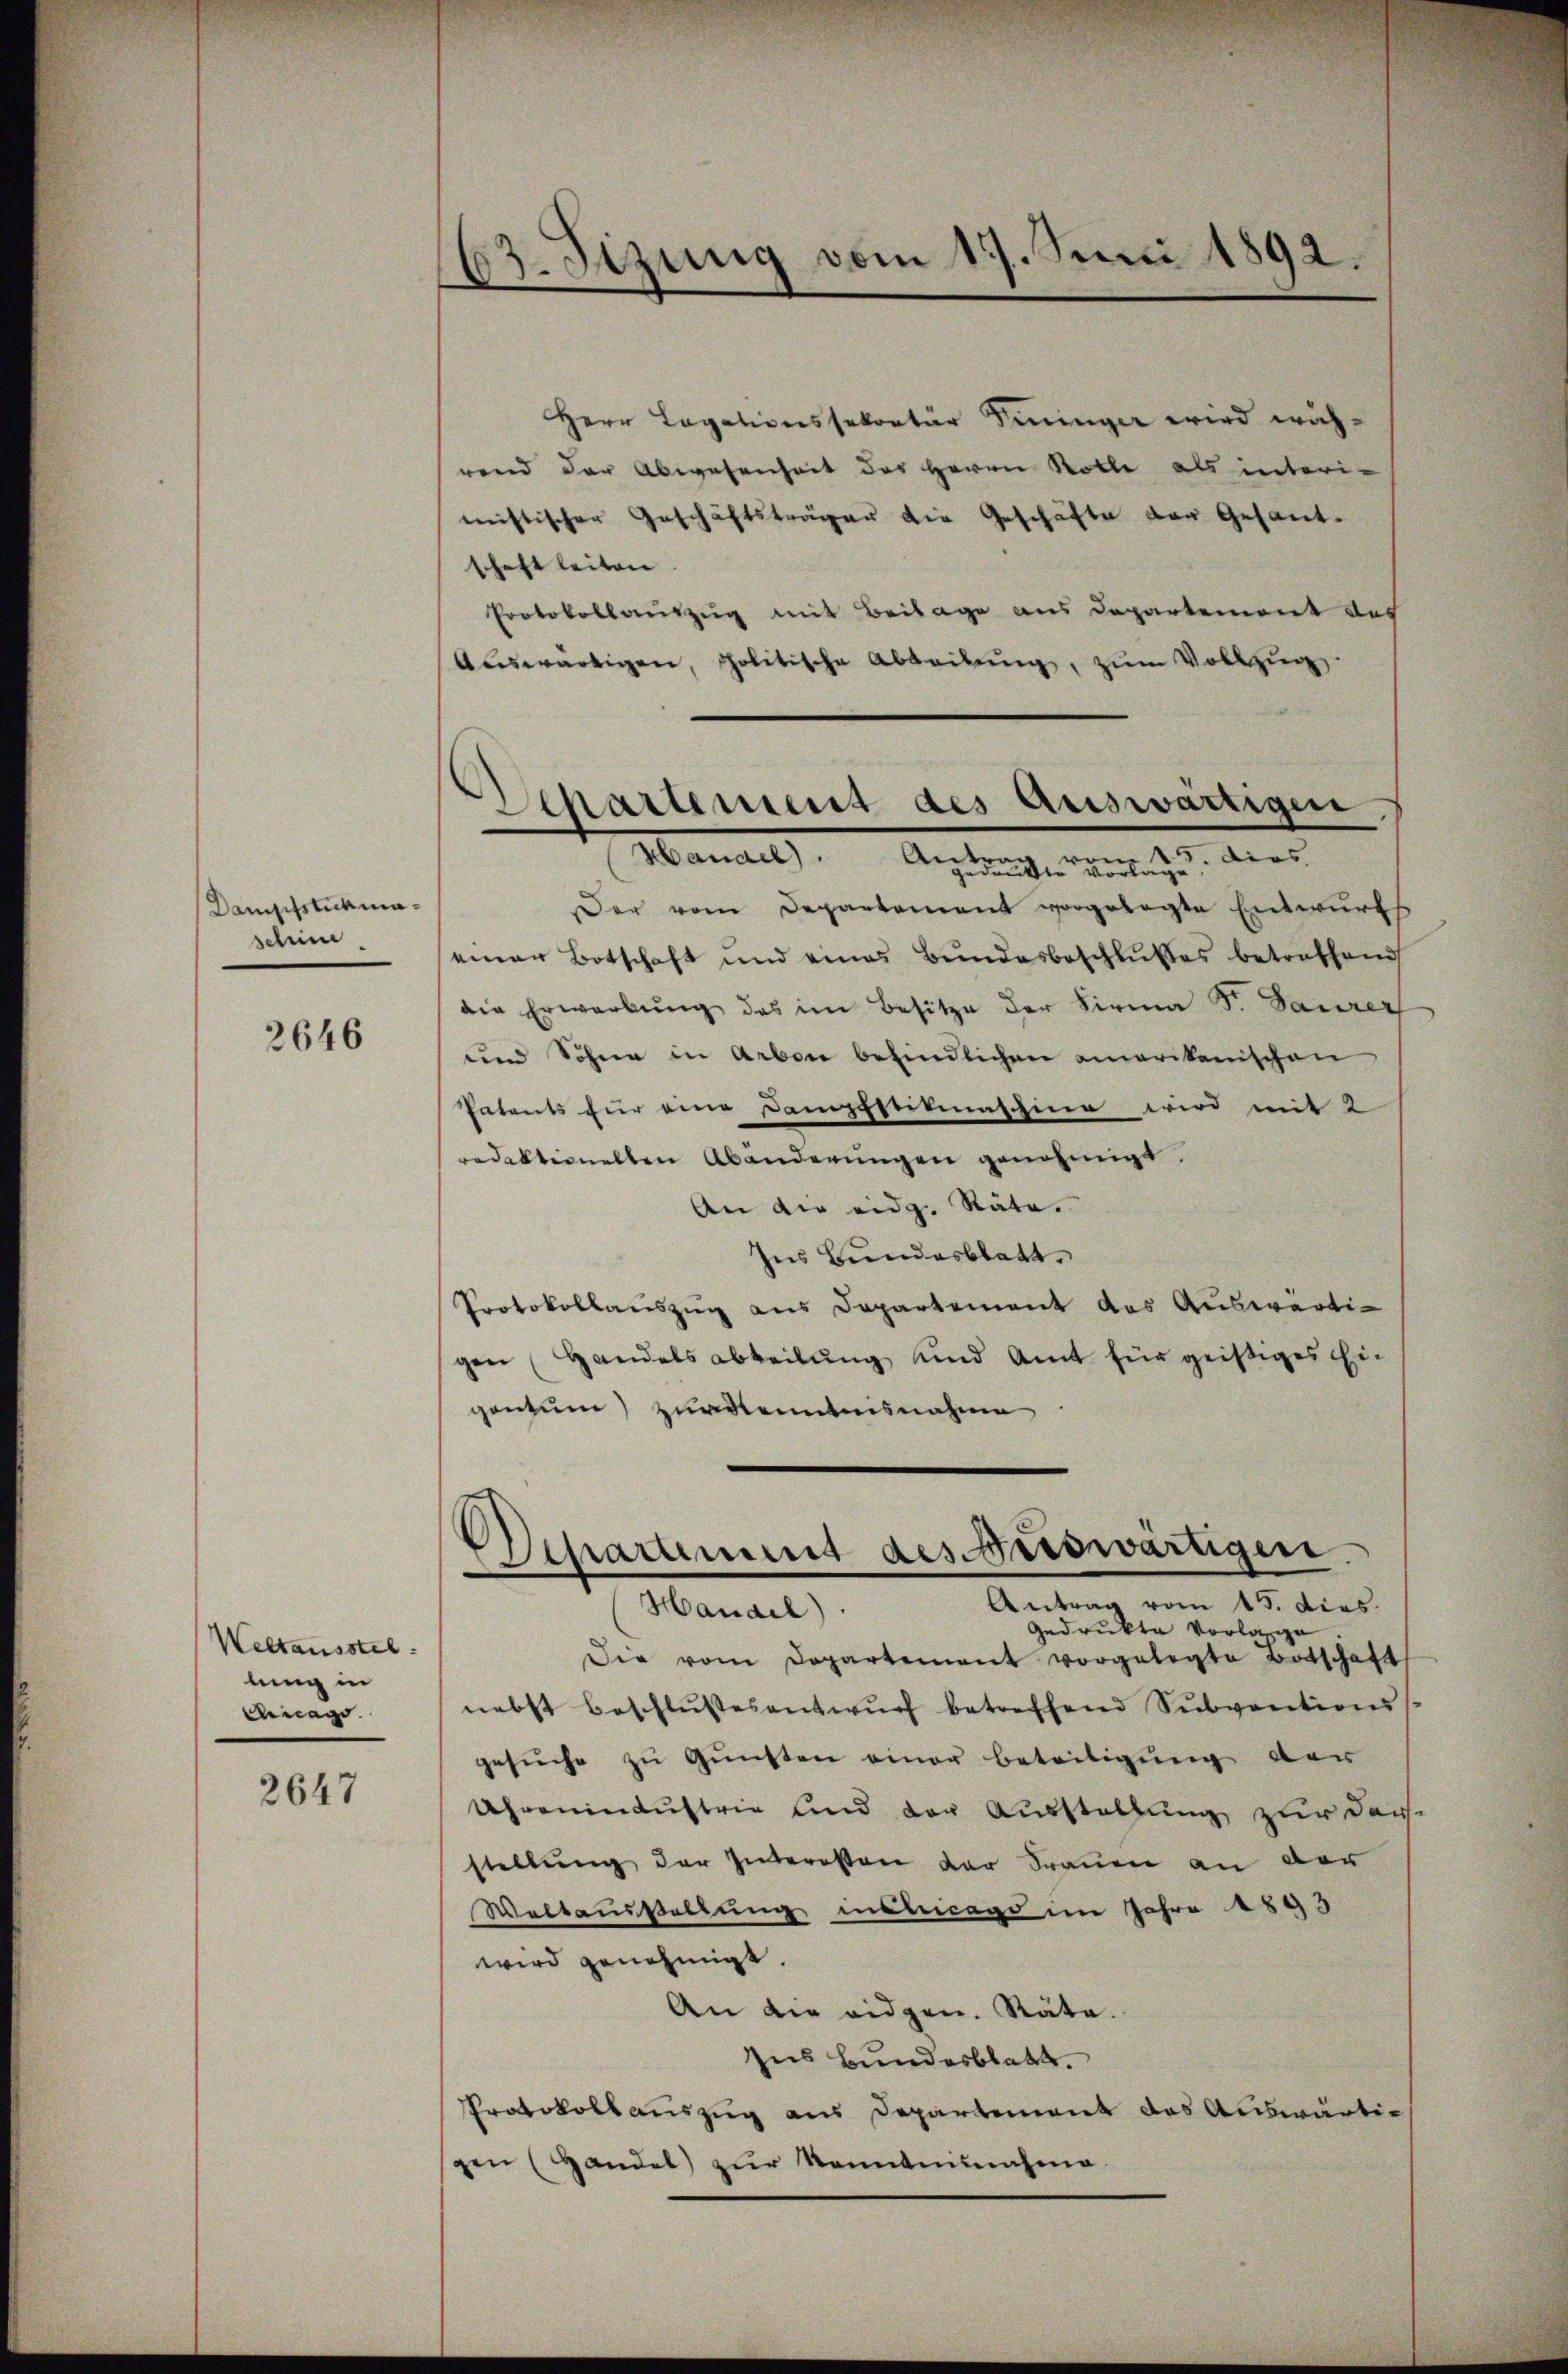
Dampfstickmaschen.

2646

Weltausstel
lung in
Ainage.

2647

63. Sizung vom 17. Juni 1892.

Departement des Auswärtigen

Herr Legationssekretär Fininger wird während der Abwesenheit des Herrn Rolle als interi-
mistischer Geschäftsträger die Geschäfte der Gesandschaft leiten
Protokollauszug mit Beilage aus Departement des
Aŭswärtigen, politische Abteilŭng, zŭm Vollzug
Manael). Antragen Worte zu dies
Der vom Departement vorgelegte Entwŭrf
einer Botschaft und eines Bundesbeschlußes betreffend
die Erwerbŭng des im Besitze der Firma S. Saurer
und Sohne in Arben befindlichen amerikanischen
Patents für eine Dampfstituaschine wird mit 2
redaktionellen Abänderŭngen genehmigt.
An die eidg. Räte.
Ins Bundesblatt
Protokollauszug aus Departement das Auswärtigen Handelsabteilung und Amt für geißiges in
gentum) Zurkenntnisnahme
Handel) . Antrag vom 15. dies.
Gedrukte vorlasse
Die vom Departement vorgelegte Botschaft
nebst beschlŭssesentwŭrf betreffend Sŭbventions
gesŭche zŭ Gŭnsten einer Beteiligung der
Uhrenindustrie und der Ausstellung zur Dar-
stellung der Interessen der Trauen an der
Weltausstellung mancage im Jahre 1893
wird genehmigt.
An die eidgen. Räte.
Ins Bundesblatt.
Protokollauszug aus Departement das Auswärtigen (Handel zŭr Kenntnisnahme.

Departement des Berdwärtigen.